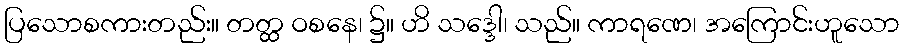
ပြသောစကားတည်း။ တတ္ထ ဝစနေ၊ ၌။ ဟိ သဒ္ဒေါ၊ သည်။ ကာရဏေ၊ အကြောင်းဟူသော